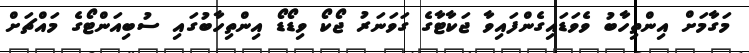
މަގާމަށް އިންތިހާބު ވެވަޑައިގެންފައިވާ ޖަކާޓާގެ ގަވަނަރު ޖޯކޯ ވިޑޯޑޯ އިންތިހާބުގައި ސުބިއަންޓޯގެ މައްޗަށް